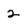
Character: 2